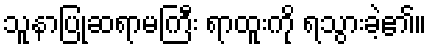
သူနာပြုဆရာမကြီး ရာထူးကို ရသွားခဲ့၏။